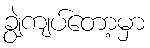
ချွဲကျပ်တော့မှာ